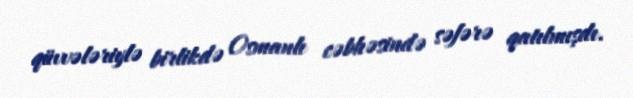
qüvvələriylə birlikdə Osmanlı cəbhəsində səfərə qatılmışdı.